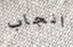
انجاب